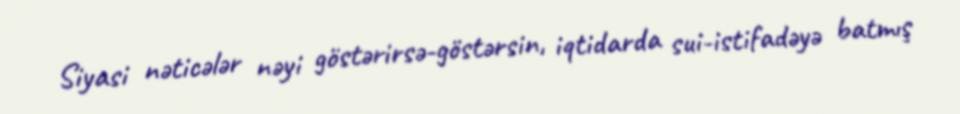
Siyasi nəticələr nəyi göstərirsə-göstərsin, iqtidarda sui-istifadəyə batmış